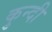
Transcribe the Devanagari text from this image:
कुन्दी